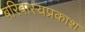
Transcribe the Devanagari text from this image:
बरिबास्यप्रकाश